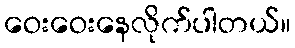
ဝေးဝေးနေလိုက်ပါတယ်။